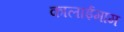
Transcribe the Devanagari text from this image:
कालाईमाम